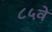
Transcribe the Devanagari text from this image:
८५वे